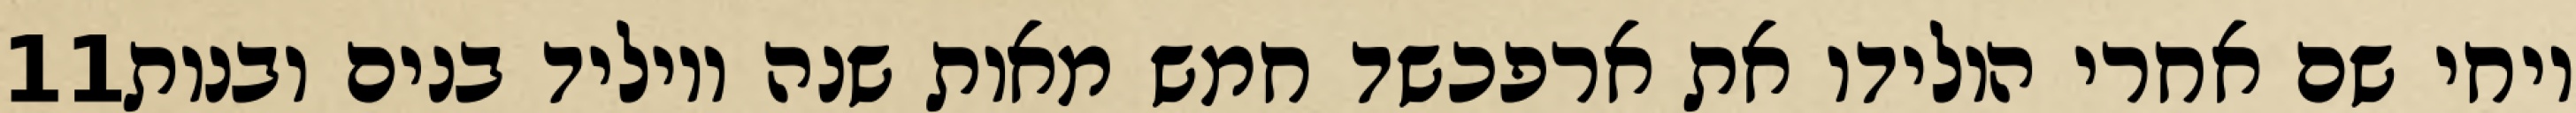
‎11‏ ויחי שם אחרי הולידו את ארפכשד חמש מאות שנה ויוליד בנים ובנות